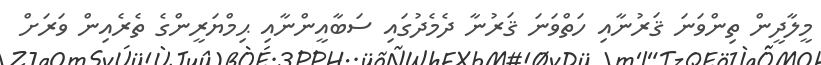
މީލާދީން ތިންވަނަ ޤަރުނާއި ހަތްވަނަ ޤަރުނާ ދެމެދުގައި ސަބާއީންނާއި ޙިމްޔަރީންގެ ތެރެއިން ވަރަށް